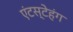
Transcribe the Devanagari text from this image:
एंटस्टेहंग